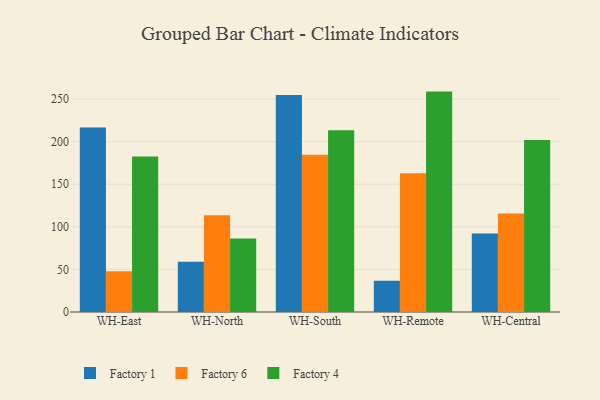
{"axis": {"x": "Warehouse", "y": "Production Output"}, "legend": ["Factory 1", "Factory 4", "Factory 6"], "data": [{"x": "WH-East", "y": 216.5, "type": "Factory 1"}, {"x": "WH-East", "y": 47.8, "type": "Factory 6"}, {"x": "WH-East", "y": 182.5, "type": "Factory 4"}, {"x": "WH-North", "y": 58.9, "type": "Factory 1"}, {"x": "WH-North", "y": 113.6, "type": "Factory 6"}, {"x": "WH-North", "y": 86.2, "type": "Factory 4"}, {"x": "WH-South", "y": 254.6, "type": "Factory 1"}, {"x": "WH-South", "y": 184.6, "type": "Factory 6"}, {"x": "WH-South", "y": 213.4, "type": "Factory 4"}, {"x": "WH-Remote", "y": 36.7, "type": "Factory 1"}, {"x": "WH-Remote", "y": 162.8, "type": "Factory 6"}, {"x": "WH-Remote", "y": 258.7, "type": "Factory 4"}, {"x": "WH-Central", "y": 92.0, "type": "Factory 1"}, {"x": "WH-Central", "y": 115.5, "type": "Factory 6"}, {"x": "WH-Central", "y": 201.8, "type": "Factory 4"}]}